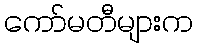
ကော်မတီများက